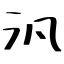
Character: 汎